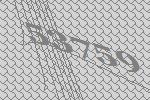
53759